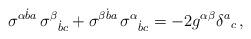
LaTeX: \begin{align*}\sigma^{\alpha\dot b a}\,\sigma^\beta{}_{\dot bc}+\sigma^{\beta\dot b a}\,\sigma^\alpha{}_{\dot bc}=-2g^{\alpha\beta}\delta^a{}_c\,,\end{align*}